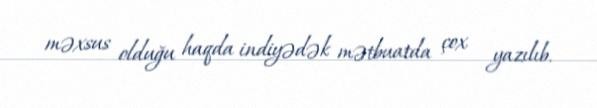
məxsus olduğu haqda indiyədək mətbuatda çox yazılıb.